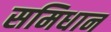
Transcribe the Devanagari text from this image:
समिधान